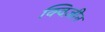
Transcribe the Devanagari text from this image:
क्विज़ीन